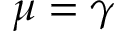
\mu = \gamma